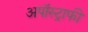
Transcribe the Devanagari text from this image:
अपॉस्ट्राफी